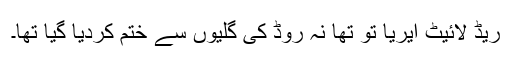
ریڈ لائیٹ ایریا تو تھا نہ روڈ کی گلیوں سے ختم کردیا گیا تھا۔